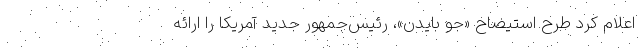
اعلام کرد طرح استیضاح «جو بایدن»، رئیس‌جمهور جدید آمریکا را ارائه